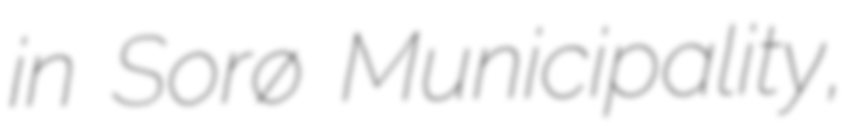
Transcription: in Sorø Municipality,